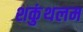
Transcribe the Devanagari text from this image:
शकुंथलम